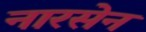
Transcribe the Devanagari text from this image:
नारसेन